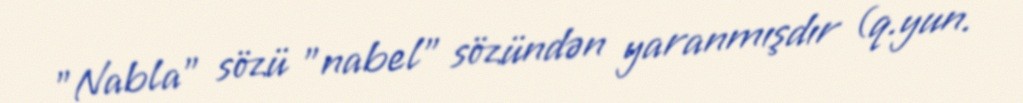
"Nabla" sözü "nabel" sözündən yaranmışdır (q.yun.